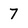
Character: 7